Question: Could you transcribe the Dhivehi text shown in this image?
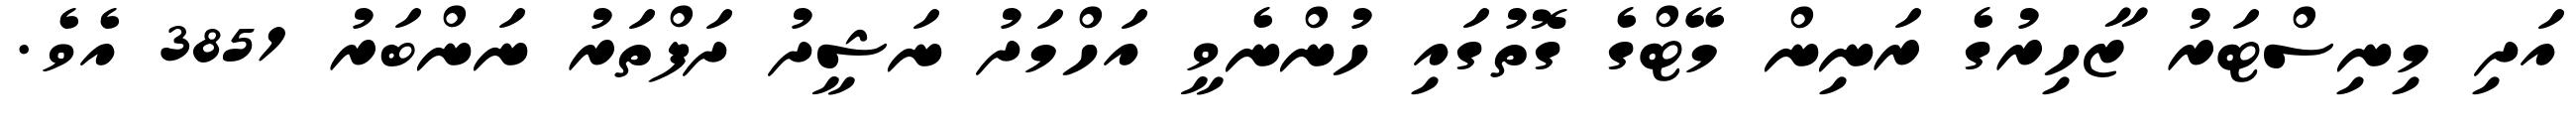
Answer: އަދި މިނިސްޓަރު ޒާހިރުގެ ރަނިން މޭޓްގެ ގޮތުގައި ހުންނެވީ އަހްމަދު ނަޝީދު ދަފްތަރު ނަންބަރު 3851 އެވެ.